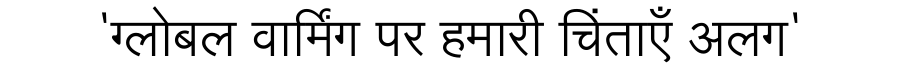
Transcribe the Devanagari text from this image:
'ग्लोबल वार्मिंग पर हमारी चिंताएँ अलग'